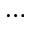
\cdots